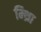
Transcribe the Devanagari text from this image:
म्थ्राि